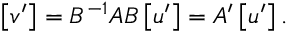
\left[ v ^ { \prime } \right] = B ^ { - 1 } A B \left[ u ^ { \prime } \right] = A ^ { \prime } \left[ u ^ { \prime } \right] .